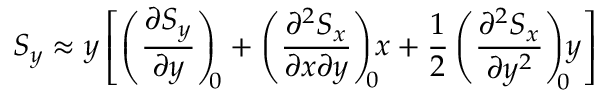
S _ { y } \approx y \left[ \left( \frac { \partial S _ { y } } { \partial y } \right) _ { \! \! 0 } + \left( \frac { \partial ^ { 2 } S _ { x } } { \partial x \partial y } \right) _ { \! \! 0 } \! \! x + \frac { 1 } { 2 } \left( \frac { \partial ^ { 2 } S _ { x } } { \partial y ^ { 2 } } \right) _ { \! \! 0 } \! \! y \right]